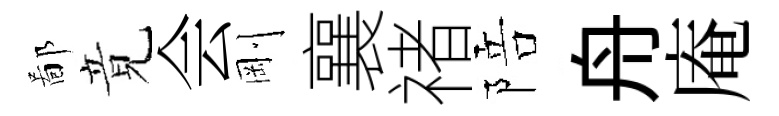
鄙竟会剛襄禇陪舟庵